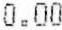
0.00